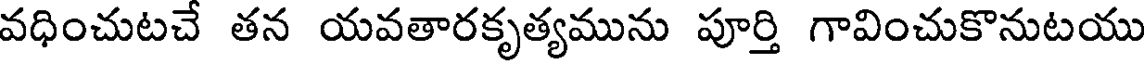
వధించుటచే తన యవతారకృత్యమును పూర్తి గావించుకొనుటయు